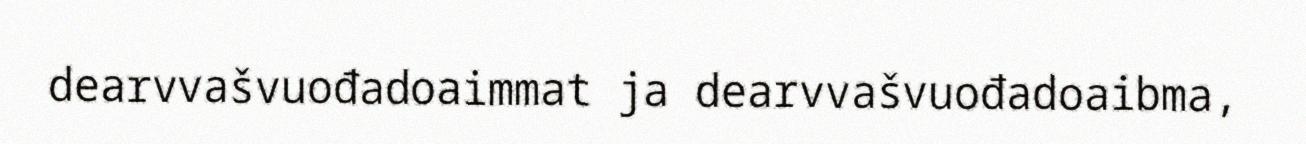
dearvvašvuođadoaimmat ja dearvvašvuođadoaibma,